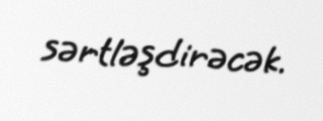
sərtləşdirəcək.